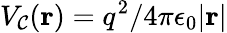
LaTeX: V_{\mathcal{C}}({\mathbf{r}})=q^{2}/4\pi\epsilon_{0}|{\mathbf{r}}|